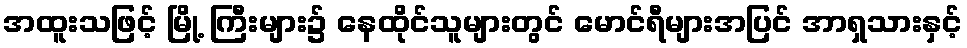
အထူးသဖြင့် မြို့ ကြီးများ၌ နေထိုင်သူများတွင် မောင်ရီများအပြင် အာရှသားနှင့်